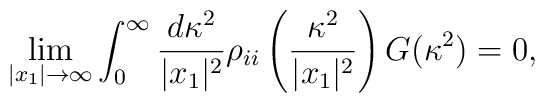
\lim_{|x_1| \rightarrow \infty}\int_0 ^\infty \frac{d\kappa^2}{|x_1|^2} \rho_{ii}\left(\frac{\kappa^2}{|x_1|^2}\right) G(\kappa^2)=0,